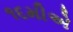
૧૬મીએ